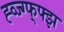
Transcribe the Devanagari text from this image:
ह्व्ज्ग्फ्फ्झ